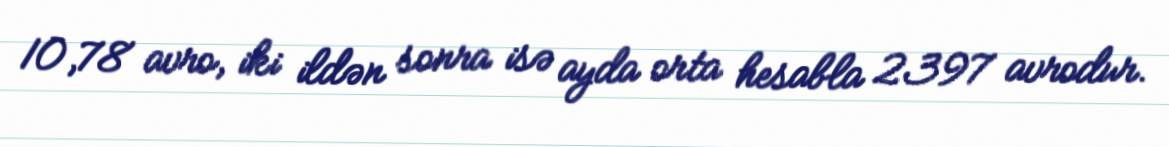
10,78 avro, iki ildən sonra isə ayda orta hesabla 2397 avrodur.